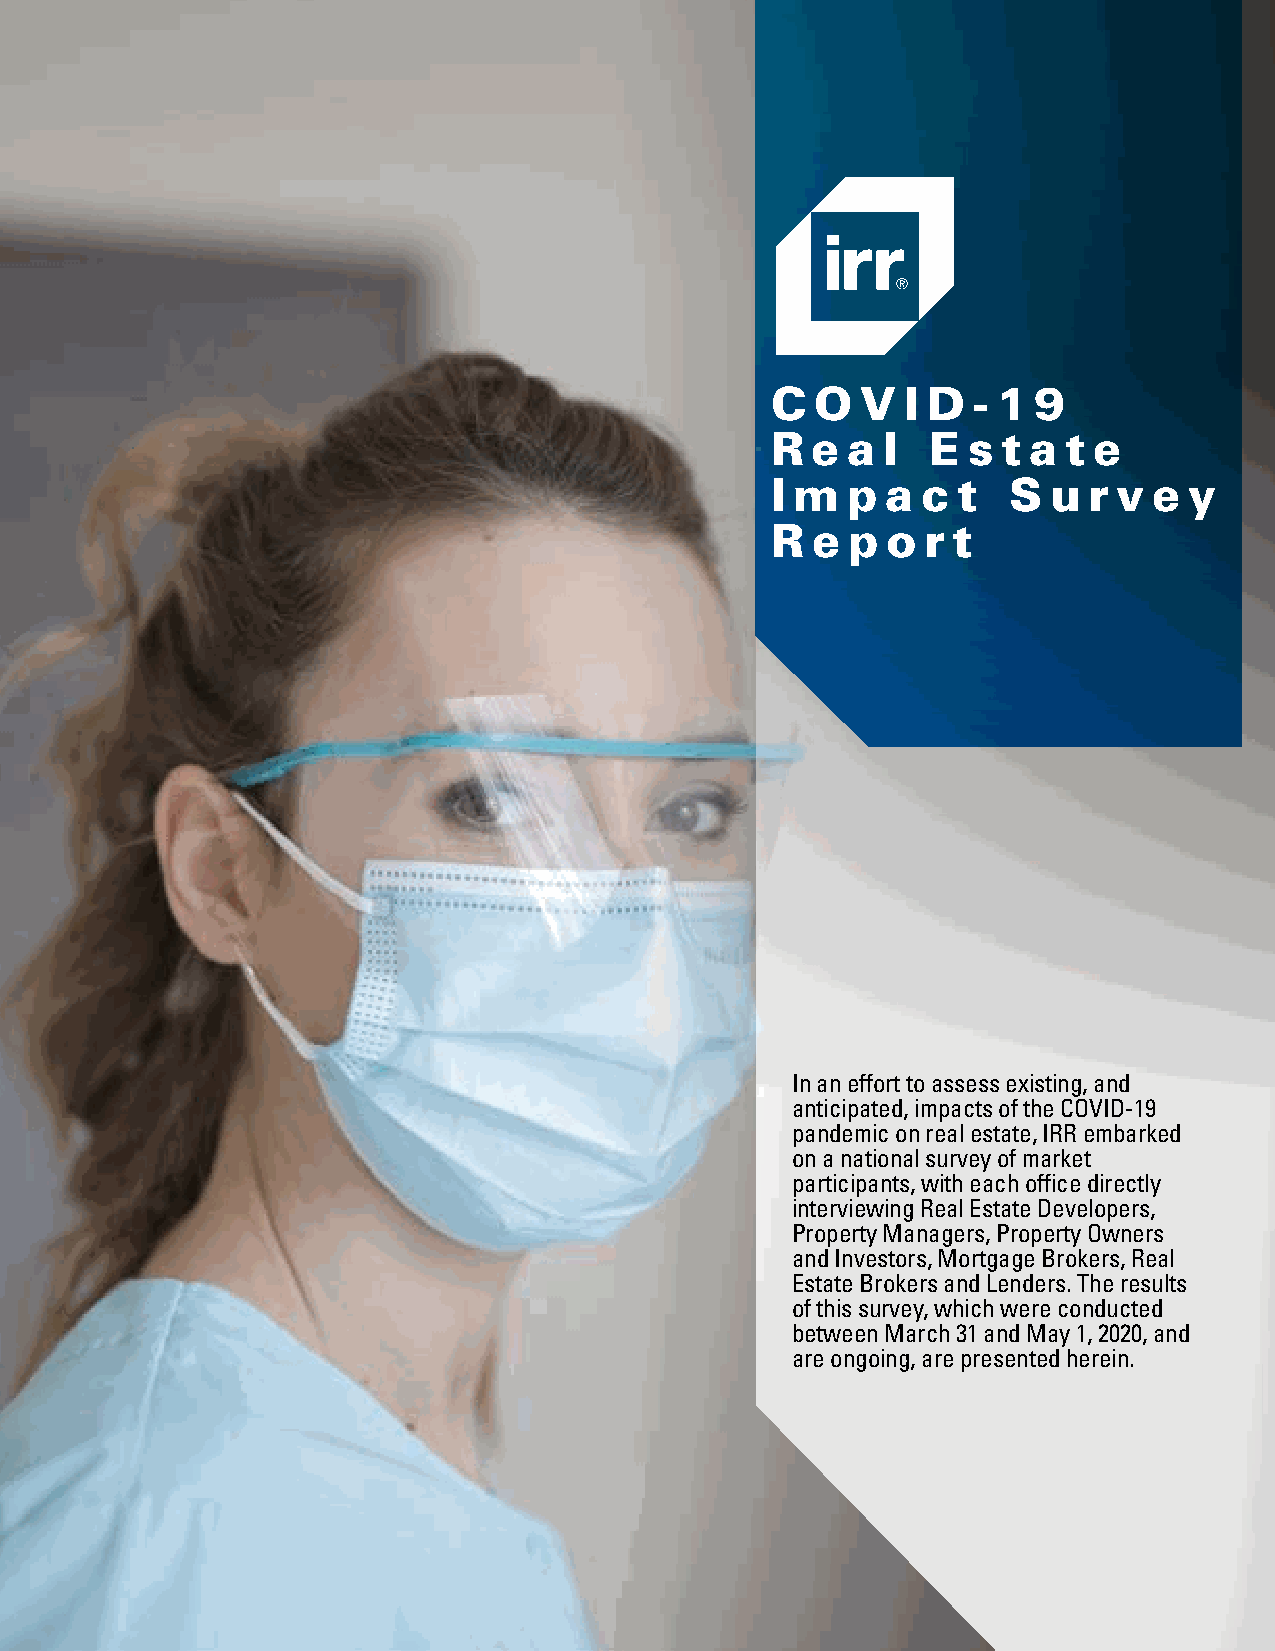
C  O  V  I D - 1 9
 R  e a l   E s t a  t e
 I m  p  a c t   S u  r v e  y
 R  e p  o r t
 In an effort to assess existing, and
 anticipated, impacts of the COVID-19
 pandemic on real estate, IRR embarked
 on a national survey of market
 participants, with each office directly
 interviewing Real Estate Developers,
 Property Managers, Property Owners
 and Investors, Mortgage Brokers, Real
 Estate Brokers and Lenders. The results
 of this survey, which were conducted
 between March 31 and May 1, 2020, and
 are ongoing, are presented herein.